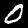
Digit: 0